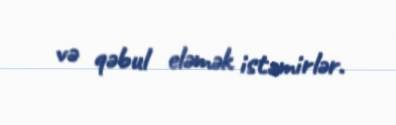
və qəbul eləmək istəmirlər.